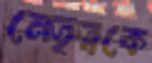
নেতৃত্বকে